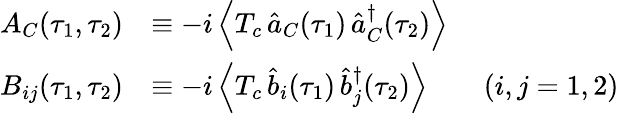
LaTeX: \begin{array}{rl}{A_{C}(\tau_{1},\tau_{2})}&{\equiv-i\left\langle T_{c}\, \hat{a}_{C}(\tau_{1})\, \hat{a}_{C}^{\dagger}(\tau_{2})\right\rangle}\\ {B_{ij}(\tau_{1},\tau_{2})}&{\equiv-i\left\langle T_{c}\, \hat{b}_{i}(\tau_{1})\, \hat{b}_{j}^{\dagger}(\tau_{2})\right\rangle\qquad(i,j=1,2)}\end{array}